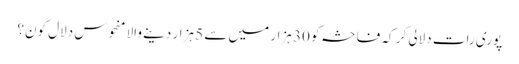
پوری رات دلالی کر کہ فاحشہ کو 30 ہزار میں سے 5 ہزار دینے والا منحوس دلال کون؟